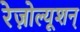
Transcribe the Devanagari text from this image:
रेज़ोल्यूशन्